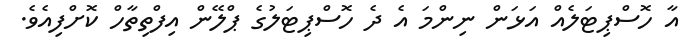
އާ ހޮސްޕިޓަލެއް އަޅަން ނިންމަ އެ ދެ ހޮސްޕިޓަލުގެ ޕްލޭން އިފްތިތާހް ކޮށްފިއެވެ.